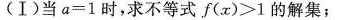
(I)当 a=1时，求不等式f(x)>1的解集；